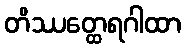
တိဿတ္ထေရဂါထာ